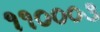
૧૧૦૦૦૩